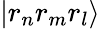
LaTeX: \vert r_{n}r_{m}r_{l}\rangle